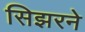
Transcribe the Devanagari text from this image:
सिझरने